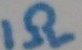
Text: 1Ω